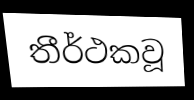
තීර්ථකවූ